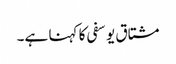
مشتاق یوسفی کا کہنا ہے۔